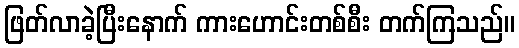
ဖြတ်လာခဲ့ပြီးနောက် ကားဟောင်းတစ်စီး တက်ကြသည်။